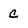
Character: c